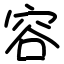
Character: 容